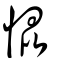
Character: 惃